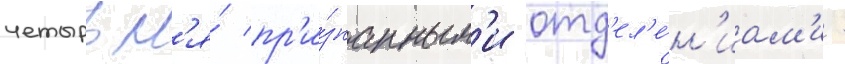
четырьм'я́ пр'и́знанным'и отд'ел'е́н'иам'и -